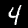
Label: 4